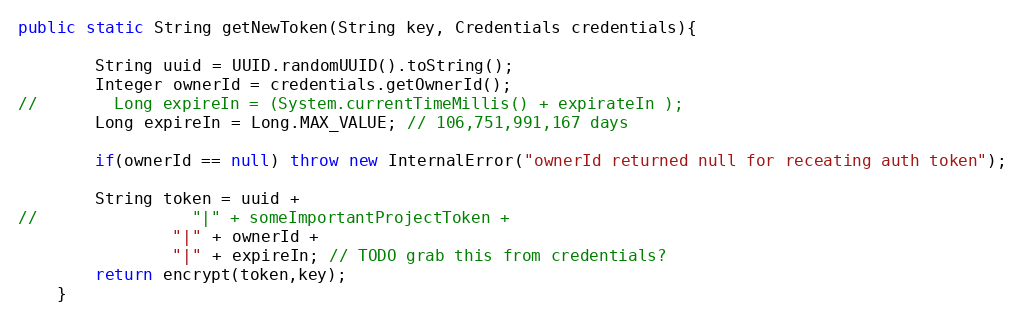
Language: Java
public static String getNewToken(String key, Credentials credentials){

        String uuid = UUID.randomUUID().toString();
        Integer ownerId = credentials.getOwnerId();
//        Long expireIn = (System.currentTimeMillis() + expirateIn );
        Long expireIn = Long.MAX_VALUE; // 106,751,991,167 days

        if(ownerId == null) throw new InternalError("ownerId returned null for receating auth token");

        String token = uuid +
//                "|" + someImportantProjectToken +
                "|" + ownerId +
                "|" + expireIn; // TODO grab this from credentials?
        return encrypt(token,key);
    }